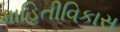
માહિતીવિકાસ